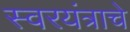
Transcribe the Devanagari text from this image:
स्वरयंत्राचे